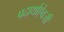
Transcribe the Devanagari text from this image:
पदार्थाऐवजी